Civil Veterinary Dept. Bombay admin report 1932-41 - 1932-1941
Year: 1932
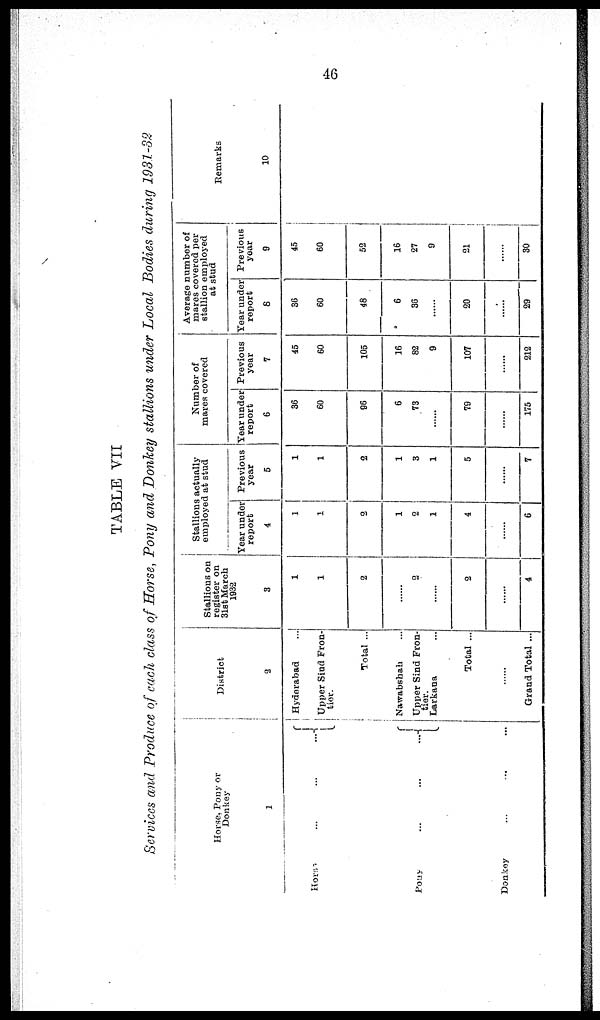
46
TABLE VII
Services and Produce of each class of Horse, Pony and Donkey stallions under Local Bodies during 1931-32
Horse, Pony or
Donkey
1
Horse ... ... ...
Pony ... ... ...
Donkey
District
2
Hyderabad ...
Upper Sind Fron-
tier.
Total ...
Nawabsbah ...
Upper Sind Fron-
tier.
Larkana ...
Total ...
......
Grand Total ...
Stallions on
register on
3l8t March
1932
3
1
1
2
......
2
......
2
......
4
Stallions actually
employed at stud
Year under
report
4
1
1
2
1
2
1
4
......
6
Previous
year
5
1
2
1
3
1
5
......
7
Number of
mares covered
Year under
report
6
36
60
96
6
73
......
79
......
175
Previous
year
7
45
60
105
16
82
9
107
......
212
Average number of
mares covered per
stallion employed
at stud
Year under
report
8
36
60
48
6
36
......
20
......
29
Previous
year
9
45
60
52
16
27
9
21
......
30
Remarks
10